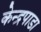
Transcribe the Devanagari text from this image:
केन्द्रपाडा